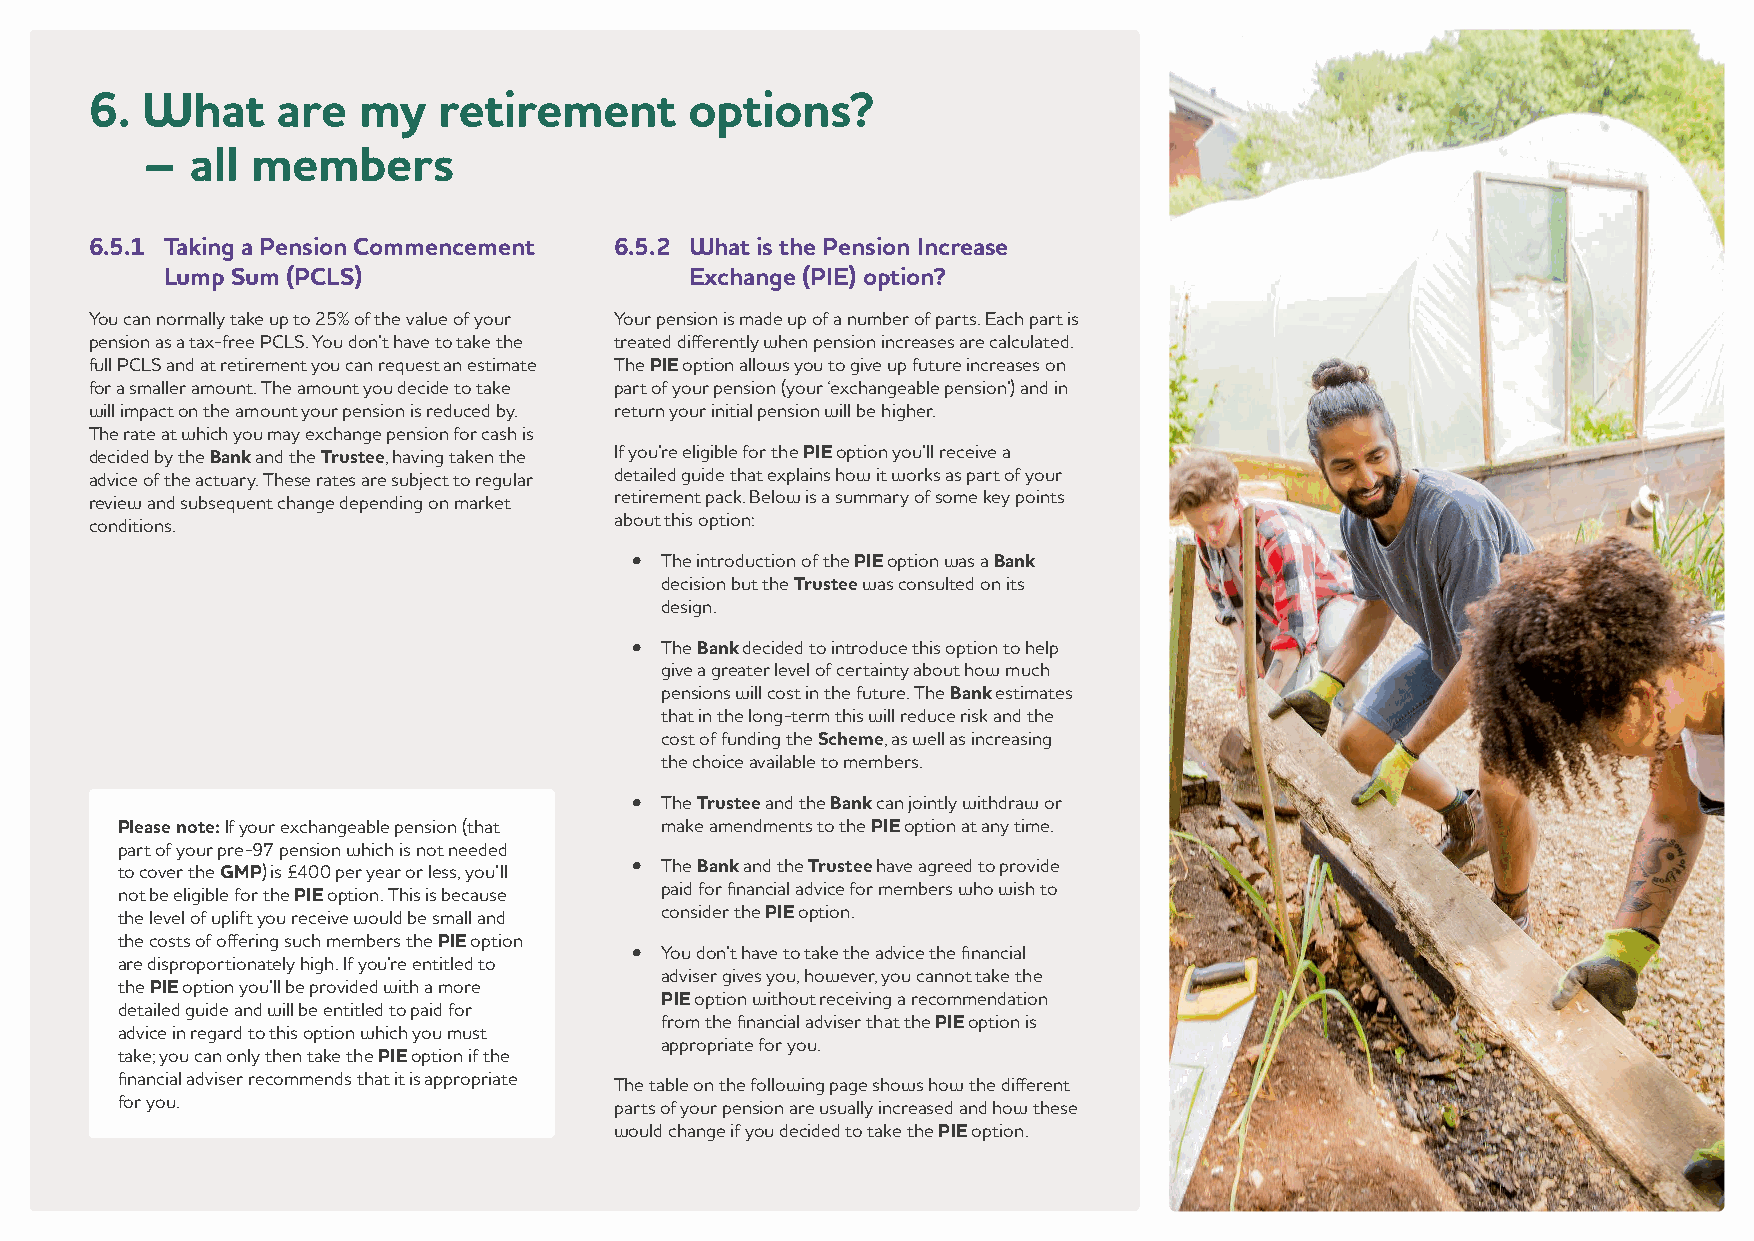
6. W   hat  are   my   retirement       options?
 –   all members
 6.5.1 T aking a Pension Commencement 6.5.2 What is the Pension Increase
 Lump Sum (PCLS)                    Exchange (PIE) option?
 You can normally take up to 25% of the value of your Your pension is made up of a number of parts. Each part is
 pension as a tax-free PCLS. You don’t have to take the treated differently when pension increases are calculated.
 full PCLS and at retirement you can request an estimate The PIE option allows you to give up future increases on
 for a smaller amount. The amount you decide to take part of your pension (your ‘exchangeable pension’) and in
 will impact on the amount your pension is reduced by. return your initial pension will be higher.
 The rate at which you may exchange pension for cash is
 decided by the Bank and the Trustee, having taken the If you’re eligible for the PIE option you’ll receive a
 advice of the actuary. These rates are subject to regular detailed guide that explains how it works as part of your
 review and subsequent change depending on market retirement pack. Below is a summary of some key points
 conditions.                        about this option:
 • T he introduction of the PIE option was a Bank
 decision but the Trustee was consulted on its
 design.
 • The Bank decided to introduce this option to help
 give a greater level of certainty about how much
 pensions will cost in the future. The Bank estimates
 that in the long-term this will reduce risk and the
 cost of funding the Scheme, as well as increasing
 the choice available to members.
 • The Trustee and the Bank can jointly withdraw or
 Please note: If your exchangeable pension (that make amendments to the PIE option at any time.
 part of your pre-97 pension which is not needed
 to cover the GMP) is £400 per year or less, you’ll • The Bank and the Trustee have agreed to provide
 not be eligible for the PIE option. This is because paid for financial advice for members who wish to
 the level of uplift you receive would be small and consider the PIE option.
 the costs of offering such members the PIE option
 • Y ou don’t have to take the advice the financial
 are disproportionately high. If you’re entitled to
 adviser gives you, however, you cannot take the
 the PIE option you’ll be provided with a more
 PIE option without receiving a recommendation
 detailed guide and will be entitled to paid for
 from the financial adviser that the PIE option is
 advice in regard to this option which you must
 appropriate for you.
 take; you can only then take the PIE option if the
 financial adviser recommends that it is appropriate
 The table on the following page shows how the different
 for you.
 parts of your pension are usually increased and how these
 would change if you decided to take the PIE option.